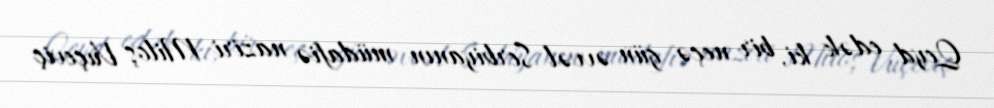
Qeyd edək ki, bir neçə gün əvvəl Serbiyanın müdafiə naziri Miloş Vuçeviç